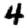
Digit: 4